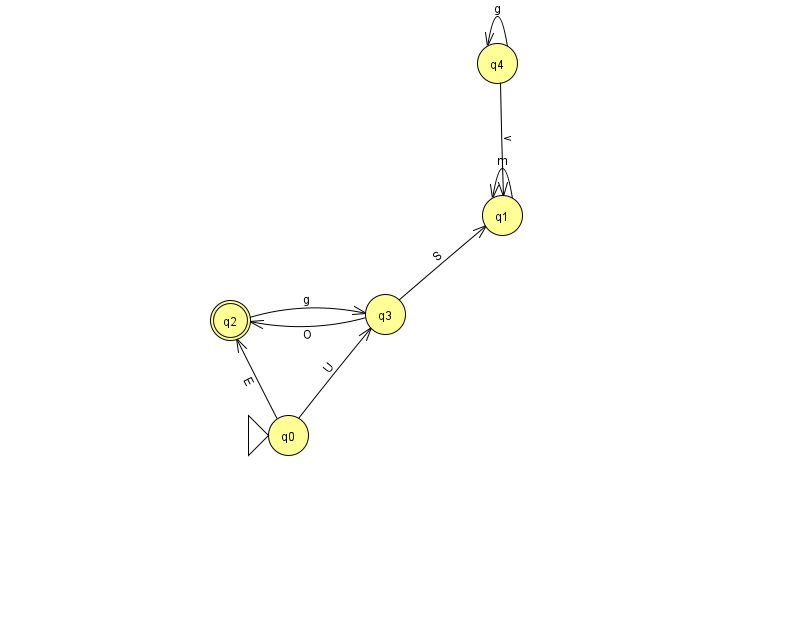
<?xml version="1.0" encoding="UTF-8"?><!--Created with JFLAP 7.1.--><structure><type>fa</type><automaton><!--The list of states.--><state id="0" name="q0"><x>288.0</x><y>422.0</y><initial/></state><state id="1" name="q1"><x>502.0</x><y>202.0</y></state><state id="2" name="q2"><x>230.0</x><y>307.0</y><final/></state><state id="3" name="q3"><x>385.0</x><y>301.0</y></state><state id="4" name="q4"><x>497.0</x><y>50.0</y></state><!--The list of transitions.--><transition><from>4</from><to>1</to><read>v</read></transition><transition><from>0</from><to>2</to><read>E</read></transition><transition><from>3</from><to>1</to><read>S</read></transition><transition><from>3</from><to>2</to><read>O</read></transition><transition><from>4</from><to>4</to><read>g</read></transition><transition><from>0</from><to>3</to><read>U</read></transition><transition><from>1</from><to>1</to><read>m</read></transition><transition><from>2</from><to>3</to><read>g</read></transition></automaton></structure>